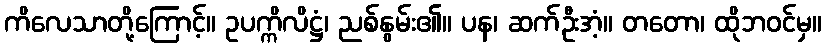
ကိလေသာတို့ကြောင့်။ ဥပက္ကိလိဋ္ဌံ၊ ညစ်နွမ်း၏။ ပန၊ ဆက်ဦးအံ့။ တတော၊ ထိုဘဝင်မှ။